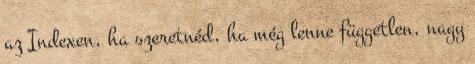
az Indexen, ha szeretnéd, ha még lenne független, nagy